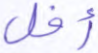
أفل